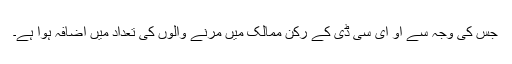
جس کی وجہ سے او ای سی ڈی کے رکن ممالک میں مرنے والوں کی تعداد میں اضافہ ہوا ہے۔